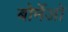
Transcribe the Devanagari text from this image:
बोर्नेओ